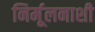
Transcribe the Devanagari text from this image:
निर्मूलनाशी